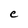
Character: C